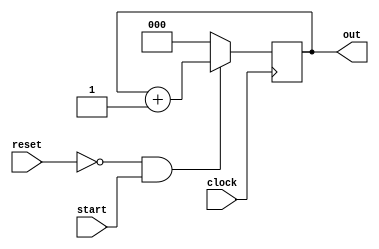
module counter(clock, start, reset, out);

	input clock;
	input start;
	input reset;
	output reg [2:0] out;

	always @(posedge clock)
	begin
		if(reset == 0 & start == 1)
			out <= out + 1'b1;
		else
			out <= 0;
	end

endmodule